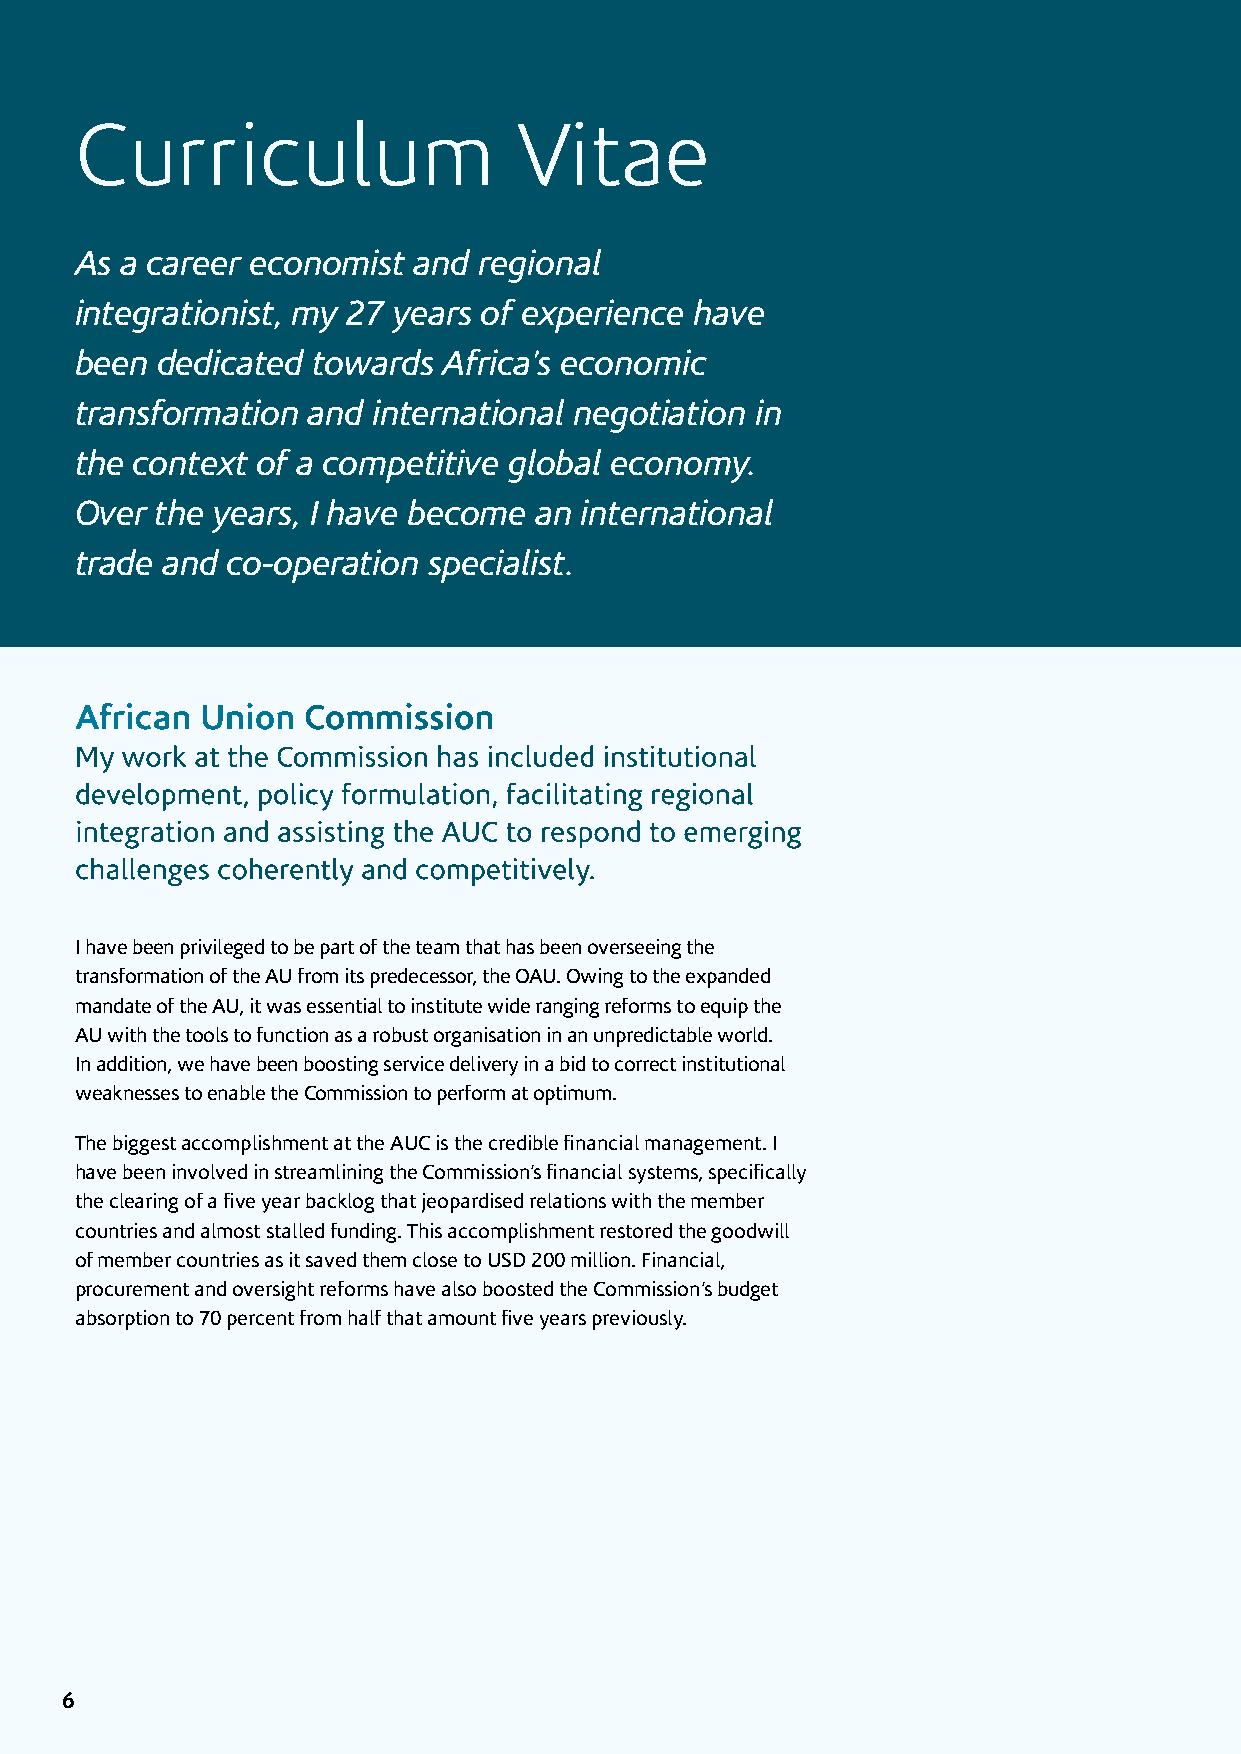
Curriculum                   Vitae
 As a career economist and  regional
 integrationist, my 27 years of experience have
 been dedicated  towards Africa’s economic
 transformation and  international negotiation in
 the context of a competitive global economy.
 Over the years, I have become an international
 trade and co-operation specialist.
 African Union  Commission
 My work at the Commission has included institutional
 development, policy formulation, facilitating regional
 integration and assisting the AUC to respond to emerging
 challenges coherently and competitively.
 I have been privileged to be part of the team that has been overseeing the
 transformation of the AU from its predecessor, the OAU. Owing to the expanded
 mandate of the AU, it was essential to institute wide ranging reforms to equip the
 AU with the tools to function as a robust organisation in an unpredictable world.
 In addition, we have been boosting service delivery in a bid to correct institutional
 weaknesses to enable the Commission to perform at optimum.
 The biggest accomplishment at the AUC is the credible financial management. I
 have been involved in streamlining the Commission’s financial systems, specifically
 the clearing of a five year backlog that jeopardised relations with the member
 countries and almost stalled funding. This accomplishment restored the goodwill
 of member countries as it saved them close to USD 200 million. Financial,
 procurement and oversight reforms have also boosted the Commission’s budget
 absorption to 70 percent from half that amount five years previously.
 6